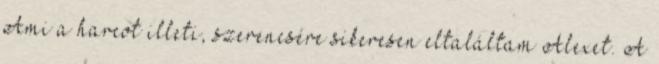
Ami a harcot illeti, szerencsére sikeresen eltaláltam Alexet. A